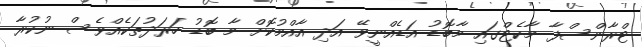
ޓްރާންސްފާ މާކެޓްގައި މާބޮޑު އަޑެއްނީވޭ އަދި އާއްމުކޮށް މާ ބޮޑު ހަރަދުތަކެއްވެސް ނުކުރާ